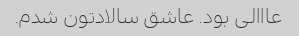
عااالی بود. عاشق سالادتون شدم.